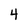
Character: 4